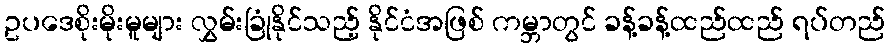
ဥပဒေစိုးမိုးမူများ လွှမ်းခြုံနိုင်သည့် နိုင်ငံအဖြစ် ကမ္ဘာတွင် ခန့်ခန့်ထည်ထည် ရပ်တည်